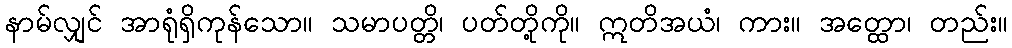
နာမ်လျှင် အာရုံရှိကုန်သော။ သမာပတ္တိ၊ ပတ်တို့ကို။ ဣတိအယံ၊ ကား။ အတ္ထော၊ တည်း။